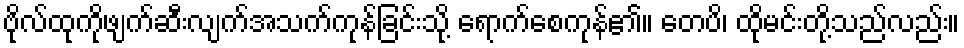
ဗိုလ်ထုကိုဖျက်ဆီးလျက်အသက်ကုန်ခြင်းသို့ ရောက်စေကုန်၏။ တေပိ၊ ထိုမင်းတို့သည်လည်း။